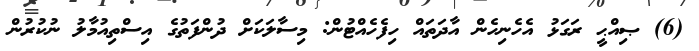
(6) ޞިއްޙީ ރަގަޅު އެހެނިހެން އާދަތައް ހިފެހެއްޓުން: މިސާލަކަށް ދުންފަތުގެ އިސްތިއުމާލު ނުކުރުން